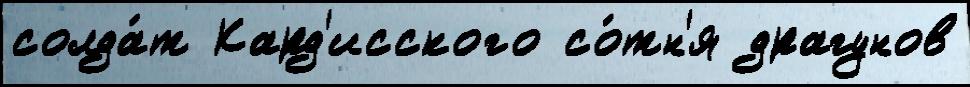
солда́т Кард'исского со́тн'я драгунов